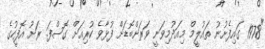
"1978 ގައިފެށުނު ތަައުލީމް މިއަަދުމިވަނީ ވަރަށްބޮޑަށް ފުޅާވެ ކުރިއަށް ގޮސްފަ. ރަށު އޮފީހުގެ